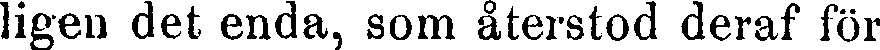
ligen det enda, som återstod deraf för